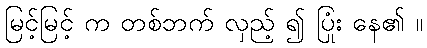
မြင့်မြင့် က တစ်ဘက် လှည့် ၍ ပြုံး နေ၏ ။